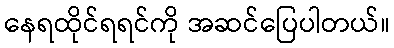
နေရထိုင်ရရင်ကို အဆင်ပြေပါတယ်။